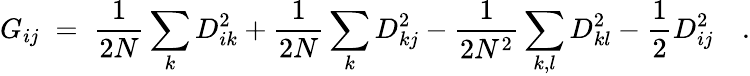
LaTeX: G_{ij}\; =\; \frac{1}{2N}\sum_{k}D_{ik}^{2}+\frac{1}{2N}\sum_{k}D_{kj}^{2}-\frac{1}{2N^{2}}\sum_{k,l}D_{kl}^{2}-\frac{1}{2}D_{ij}^{2}\quad.